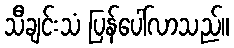
သီချင်းသံ ပြန်ပေါ်လာသည်။